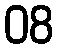
08